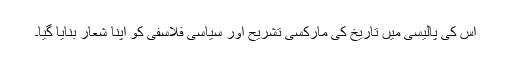
اس کی پالیسی میں تاریخ کی مارکسی تشریح اور سیاسی فلاسفی کو اپنا شعار بنایا گیا۔